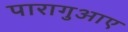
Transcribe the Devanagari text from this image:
पारागुआए